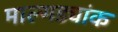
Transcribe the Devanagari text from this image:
माल्गड्यांक